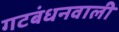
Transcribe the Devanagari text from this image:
गटबंधनवाली